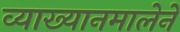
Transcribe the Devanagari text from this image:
व्याख्यानमालेने